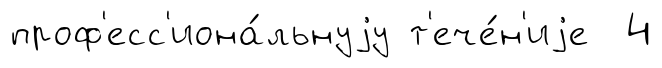
проф'есс'иона́льнуjу т'ече́н'иjе 4